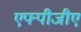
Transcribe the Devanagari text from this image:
एफ्पीजीए